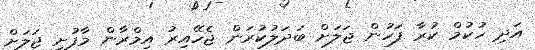
އަދި ހުކުމް ކުރާ ފަހުން ޖަލަށް ބަދަލުކުރަން ޖެހޭއިރު އިމްރާން މާފުށީ ޖަލަށް